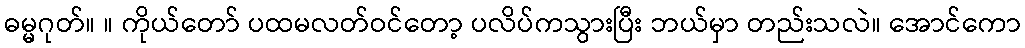
ဓမ္မဂုတ်။ ။ ကိုယ်တော် ပထမလတ်ဝင်တော့ ပလိပ်ကသွားပြီး ဘယ်မှာ တည်းသလဲ။ အောင်ကော